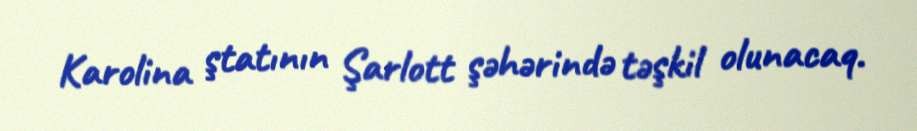
Karolina ştatının Şarlott şəhərində təşkil olunacaq.